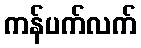
ကန်ပက်လက်